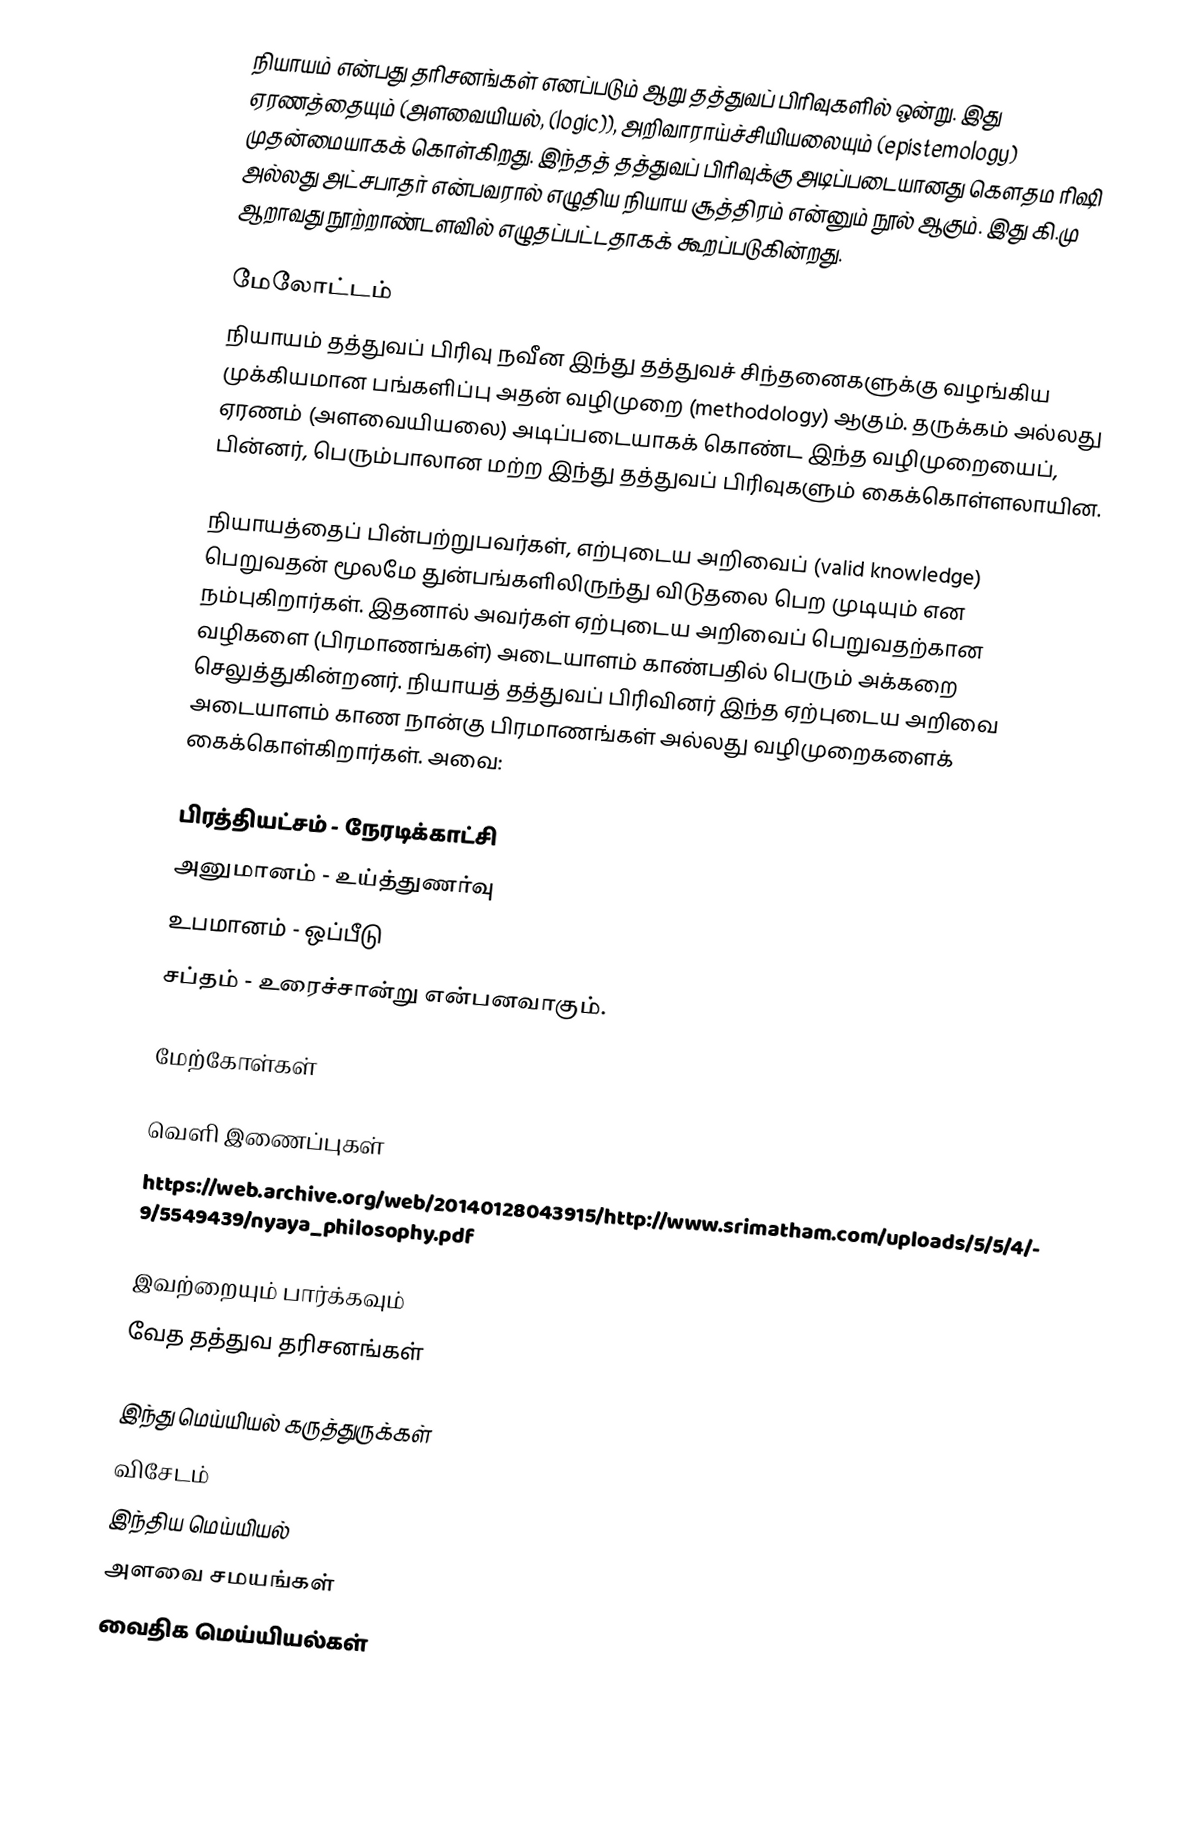
நியாயம் என்பது தரிசனங்கள் எனப்படும் ஆறு தத்துவப் பிரிவுகளில் ஒன்று. இது ஏரணத்தையும் (அளவையியல், (logic)), அறிவாராய்ச்சியியலையும் (epistemology) முதன்மையாகக் கொள்கிறது. இந்தத் தத்துவப் பிரிவுக்கு அடிப்படையானது கௌதம  ரிஷி அல்லது  அட்சபாதர் என்பவரால் எழுதிய நியாய சூத்திரம் என்னும் நூல் ஆகும். இது கி.மு ஆறாவது நூற்றாண்டளவில் எழுதப்பட்டதாகக் கூறப்படுகின்றது.

மேலோட்டம்
நியாயம் தத்துவப் பிரிவு நவீன இந்து தத்துவச் சிந்தனைகளுக்கு வழங்கிய முக்கியமான பங்களிப்பு அதன் வழிமுறை (methodology) ஆகும். தருக்கம் அல்லது ஏரணம் (அளவையியலை) அடிப்படையாகக் கொண்ட இந்த வழிமுறையைப், பின்னர், பெரும்பாலான மற்ற இந்து தத்துவப் பிரிவுகளும் கைக்கொள்ளலாயின.

நியாயத்தைப் பின்பற்றுபவர்கள், எற்புடைய அறிவைப் (valid knowledge) பெறுவதன் மூலமே துன்பங்களிலிருந்து விடுதலை பெற முடியும் என நம்புகிறார்கள். இதனால் அவர்கள் ஏற்புடைய அறிவைப் பெறுவதற்கான வழிகளை (பிரமாணங்கள்) அடையாளம் காண்பதில் பெரும் அக்கறை செலுத்துகின்றனர். நியாயத் தத்துவப் பிரிவினர் இந்த ஏற்புடைய அறிவை அடையாளம் காண நான்கு பிரமாணங்கள் அல்லது வழிமுறைகளைக் கைக்கொள்கிறார்கள். அவை:

 பிரத்தியட்சம் - நேரடிக்காட்சி
 அனுமானம் - உய்த்துணர்வு
 உபமானம் - ஒப்பீடு
 சப்தம் - உரைச்சான்று என்பனவாகும்.

மேற்கோள்கள்

வெளி இணைப்புகள்
 https://web.archive.org/web/20140128043915/http://www.srimatham.com/uploads/5/5/4/9/5549439/nyaya_philosophy.pdf

இவற்றையும் பார்க்கவும்
 வேத தத்துவ தரிசனங்கள்

இந்து மெய்யியல் கருத்துருக்கள்
விசேடம்
இந்திய மெய்யியல்
அளவை சமயங்கள்
வைதிக மெய்யியல்கள்